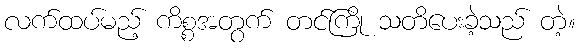
လက်ထပ်မည့် ကိစ္စအတွက် တင်ကြို သတိပေးခဲ့သည် တဲ့။